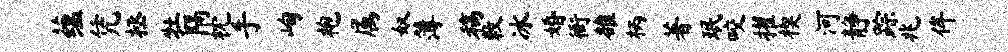
蕴凭拯牡隔枕手峋袍属奴簿稿敕冰婚衙雒柄著珉咬擢楔河静踪兆侔